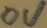
Text: 0V